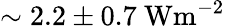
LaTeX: \sim 2.2\pm 0.7\ \mathrm{Wm^{-2}}